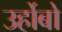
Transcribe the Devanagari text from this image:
उर्होबो